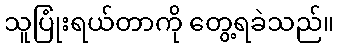
သူပြုံးရယ်တာကို တွေ့ရခဲသည်။